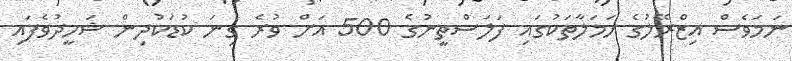
ނަމަވެސް އިޒްރޭލުގެ ހަމަލާތަކުގައި ފަލަސްތީނުގެ 500 އަށް ވުރެ ގިނަ ކުޑަކުދިން ޝަހީދުވެފައި